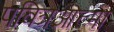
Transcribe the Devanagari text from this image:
पवित्रआत्मा